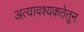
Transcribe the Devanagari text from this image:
अत्यावश्यकतेतून